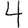
Digit: 4